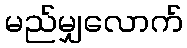
မည်မျှလောက်